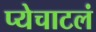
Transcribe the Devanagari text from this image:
प्येचाटलं